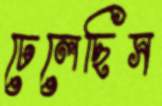
ঢেলেছিস